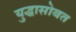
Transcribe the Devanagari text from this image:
युद्धासोबत